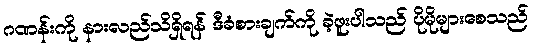
ဂဏန်းကို နားလည်သိရှိရန် ဒီခံစားချက်ကို ခဲ့ဖူးပါသည် ပိုမိုများစေသည်